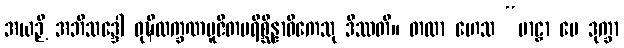
အယဉှိ အဘိသဒ္ဒေါ ဝုဍ္ဎိလက္ခဏပူဇိတပရိစ္ဆိန္နာဓိကေသု ဒိဿတိ။ တထာ ဟေသ “ဗာဠှာ မေ ဒုက္ခာ